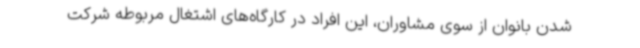
شدن بانوان از سوی مشاوران، این افراد در کارگاه‌های اشتغال مربوطه شرکت